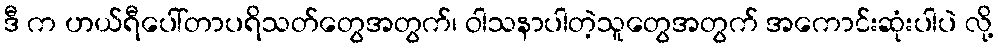
ဒီ က ဟယ်ရီပေါ်တာပရိသတ်တွေအတွက်၊ ဝါသနာပါတဲ့သူတွေအတွက် အကောင်းဆုံးပါပဲ လို့